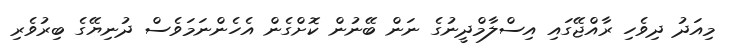
މިއަދު ދިވެހި ރާއްޖޭގައި އިސްލާމްދީނުގެ ނަން ބޭނުން ކޮށްގެން އެހެންނަމަވެސް ދުނިޔޭގެ ބިރުވެރި